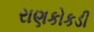
રાણકોકડી